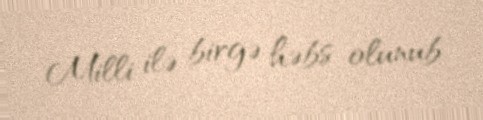
Milli ilə birgə həbs olunub.